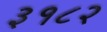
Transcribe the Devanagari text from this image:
३१८२